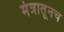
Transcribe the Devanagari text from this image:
मंत्रातूनच